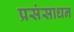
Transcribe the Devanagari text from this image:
प्रसंसाधन